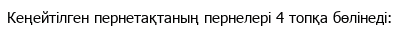
Кеңейтілген пернетақтаның пернелері 4 топқа бөлінеді: